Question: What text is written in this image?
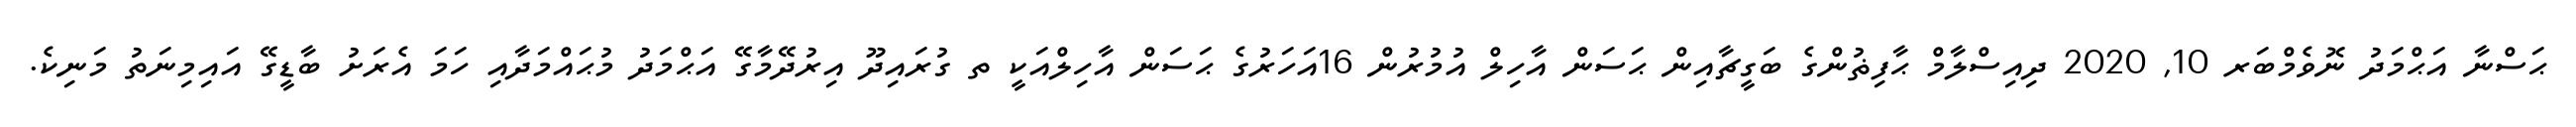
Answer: ޙަސްނާ އަޙްމަދު ނޮވެމްބަރ 10, 2020 ދިއިސްލާމް ޙާފިޡުންގެ ބަގީޗާއިން ޙަސަން އާހިލް އުމުރުން 16އަހަރުގެ ޙަސަން އާހިލްއަކީ ތ ގުރައިދޫ އިރުދޭމާގޭ އަޙްމަދު މުޙައްމަދާއި ހަމަ އެރަށު ބާޑީގޭ އައިމިނަތު މަނިކެ.